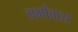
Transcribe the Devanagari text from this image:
गर्भावास